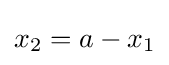
x_{2}=a-x_{1}